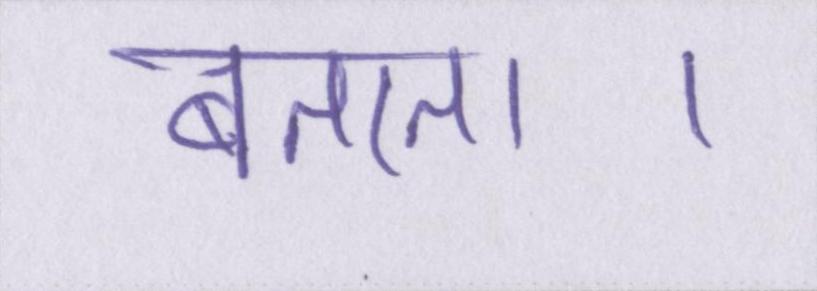
बताता।